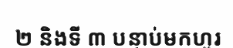
២ និងទី ៣ បន្ទាប់មកហូរ